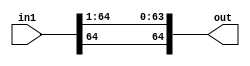
module bit1_SRA65(in1, out);

input [64:0] in1;
output [64:0] out;

genvar c;
   generate
	for(c=0; c<=63;c=c+1) begin: loop1
	
	assign out[c] = in1[c+1];
	
	end
	endgenerate

assign out[64] = in1[64];


endmodule